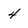
Character: 4